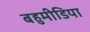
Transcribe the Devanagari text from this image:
बहुमीडिया